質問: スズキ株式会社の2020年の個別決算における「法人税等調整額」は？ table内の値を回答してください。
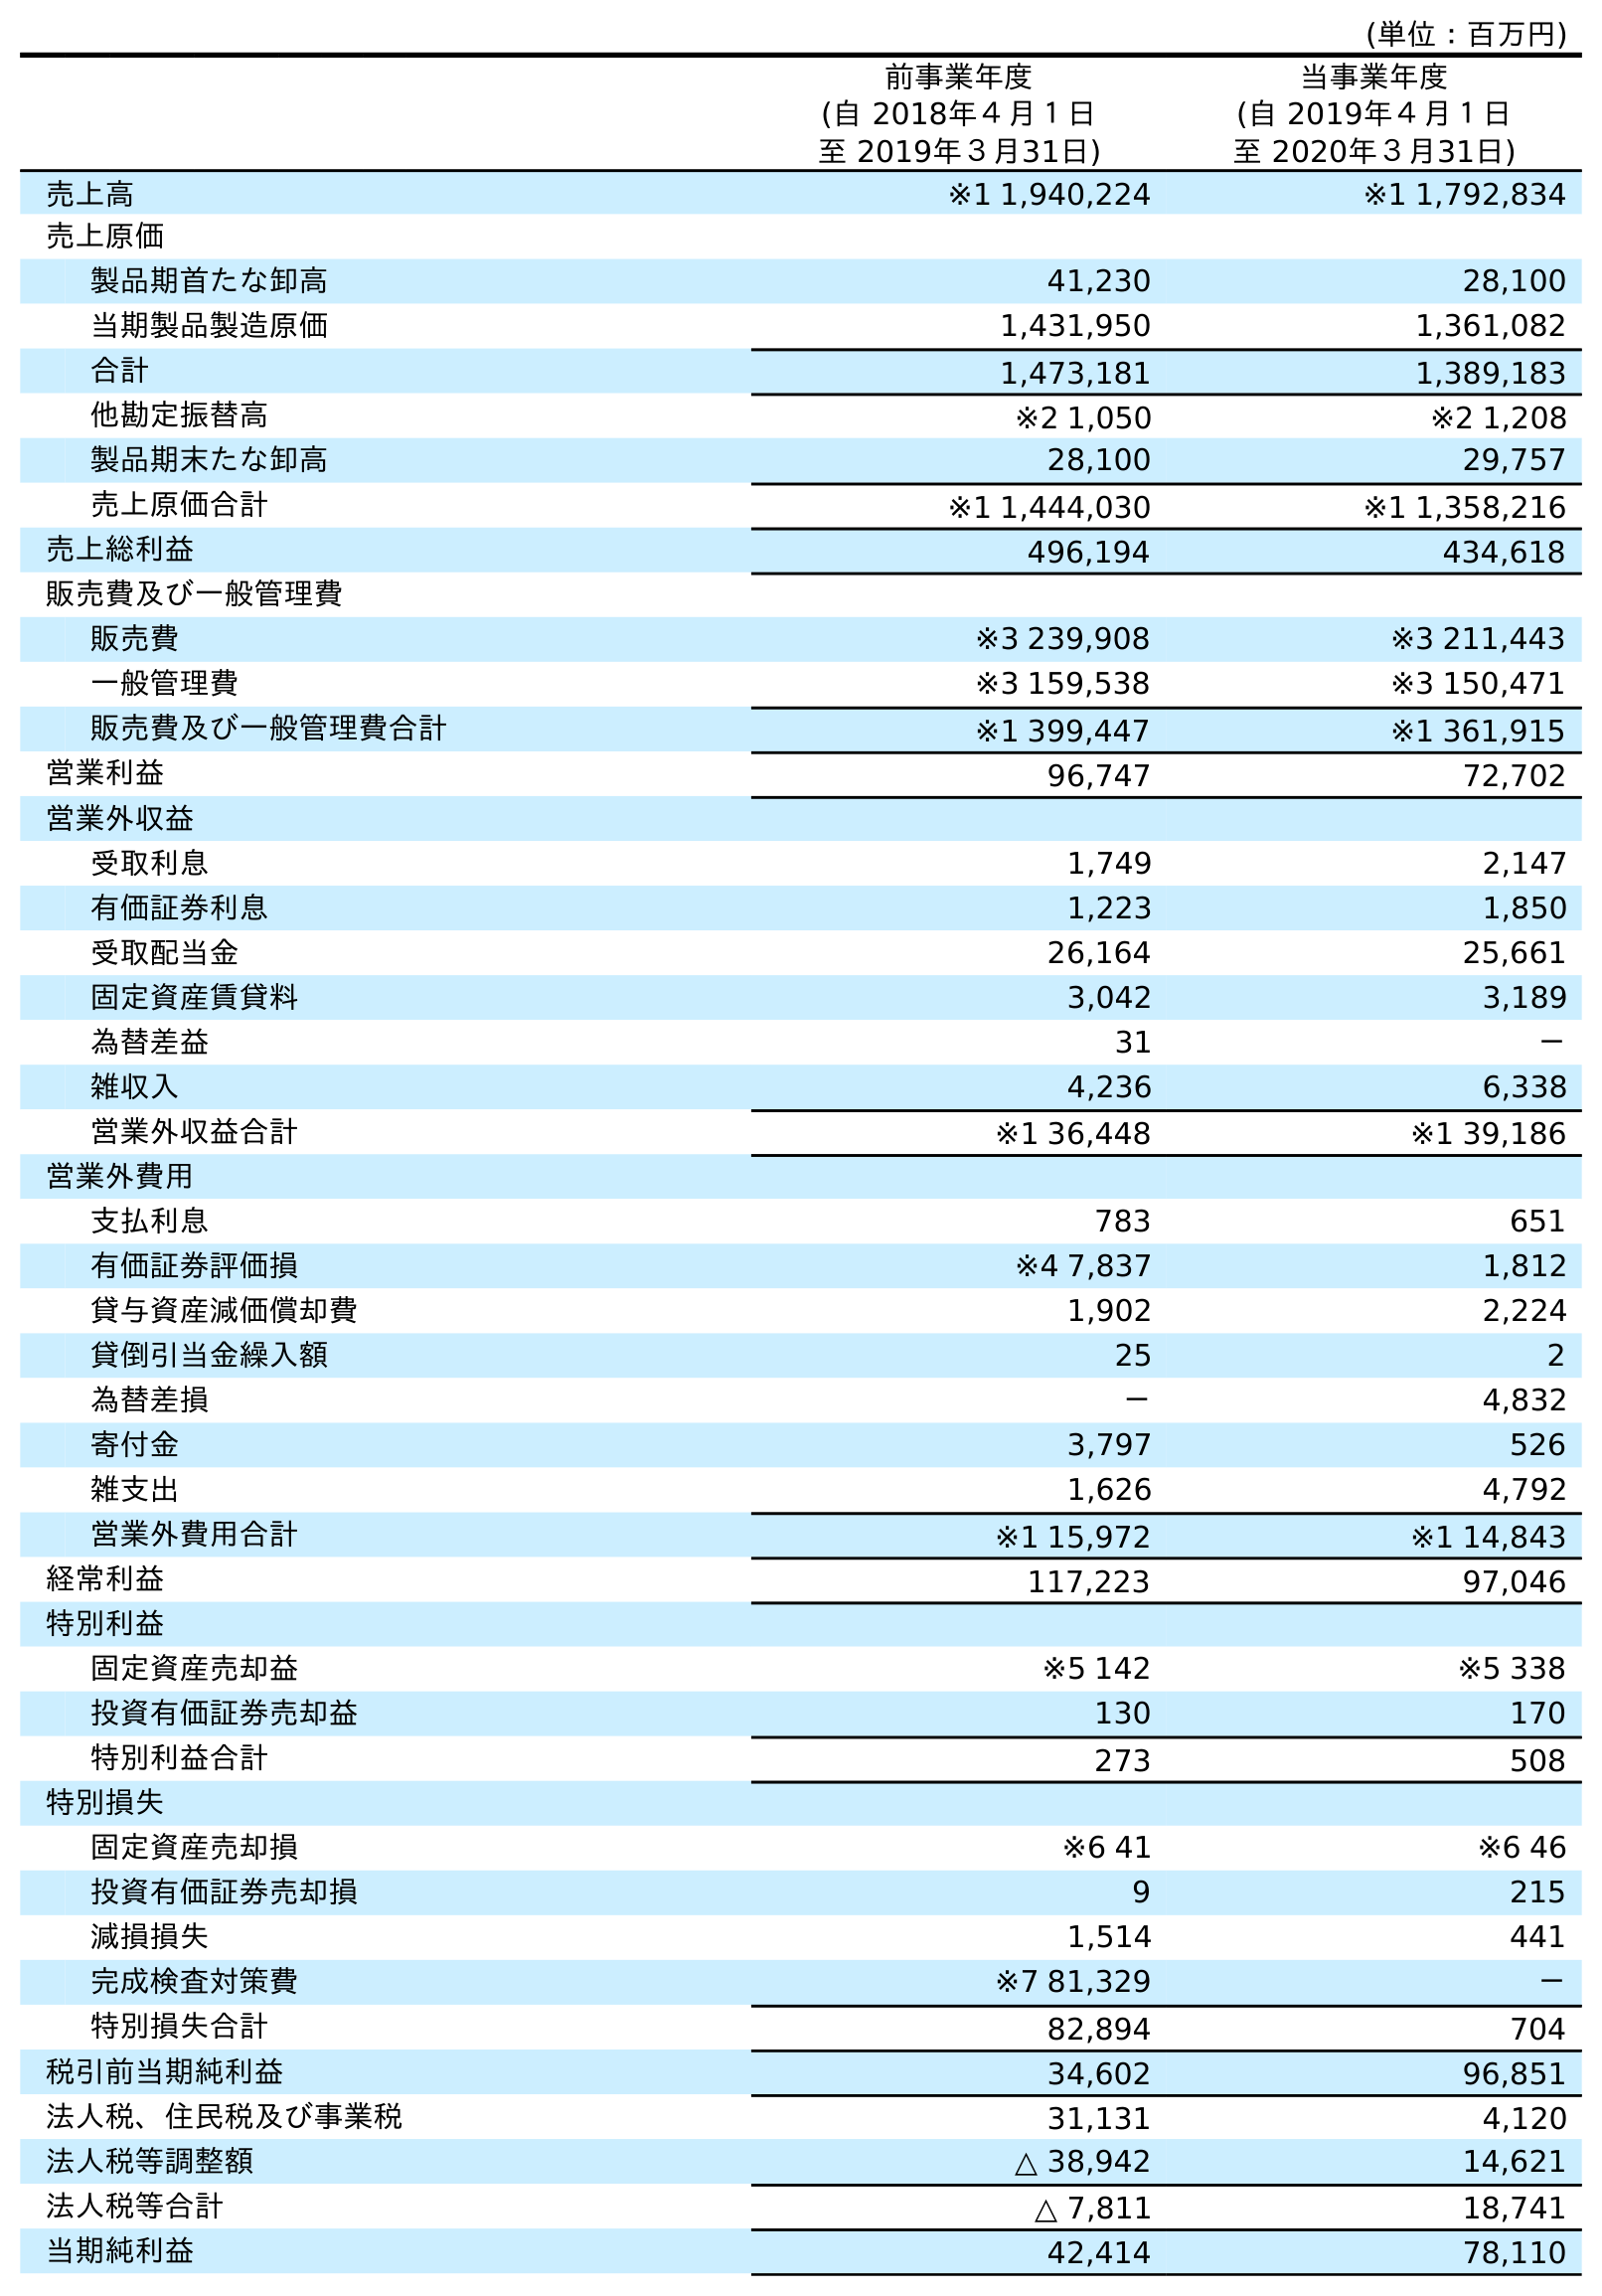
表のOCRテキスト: (単位：百万円) 前事業年度 (自 2018年４月１日 至 2019年３月31日) 当事業年度 (自 2019年４月１日 至 2020年３月31日) 売上高 ※1 1,940,224 ※1 1,792,834 売上原価 製品期首たな卸高 41,230 28,100 当期製品製造原価 1,431,950 1,361,082 合計 1,473,181 1,389,183 他勘定振替高 ※2 1,050 ※2 1,208 製品期末たな卸高 28,100 29,757 売上原価合計 ※1 1,444,030 ※1 1,358,216 売上総利益 496,194 434,618 販売費及び一般管理費 販売費 ※3 239,908 ※3 211,443 一般管理費 ※3 159,538 ※3 150,471 販売費及び一般管理費合計 ※1 399,447 ※1 361,915 営業利益 96,747 72,702 営業外収益 受取利息 1,749 2,147 有価証券利息 1,223 1,850 受取配当金 26,164 25,661 固定資産賃貸料 3,042 3,189 為替差益 31 － 雑収入 4,236 6,338 営業外収益合計 ※1 36,448 ※1 39,186 営業外費用 支払利息 783 651 有価証券評価損 ※4 7,837 1,812 貸与資産減価償却費 1,902 2,224 貸倒引当金繰入額 25 2 為替差損 － 4,832 寄付金 3,797 526 雑支出 1,626 4,792 営業外費用合計 ※1 15,972 ※1 14,843 経常利益 117,223 97,046 特別利益 固定資産売却益 ※5 142 ※5 338 投資有価証券売却益 130 170 特別利益合計 273 508 特別損失 固定資産売却損 ※6 41 ※6 46 投資有価証券売却損 9 215 減損損失 1,514 441 完成検査対策費 ※7 81,329 － 特別損失合計 82,894 704 税引前当期純利益 34,602 96,851 法人税、住民税及び事業税 31,131 4,120 法人税等調整額 △ 38,942 14,621 法人税等合計 △ 7,811 18,741 当期純利益 42,414 78,110
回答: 14,621